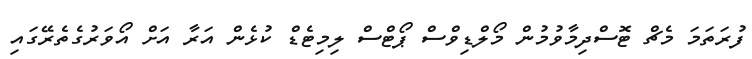
ފުރަތަމަ މެޗް ޓޮސްދިމާވުމުން މޯލްޑިވްސް ޕޯޓްސް ލިމިޓެޑް ކުޅެން އަރާ އަށް އޯވަރުގެތެރޭގައި